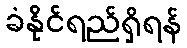
ခံနိုင်ရည်ရှိရန်